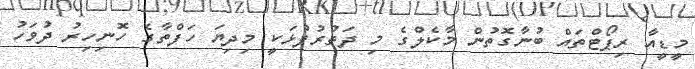
މީޑީއާ ރިޕޯޓްތައް ބުނާގޮތުން މާކެލްގެ މި ދަތުރުފުޅަކީ މިދިޔަ ހަފްތާގެ ހޮނިހިރު ދުވަހު